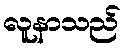
လူနာသည်